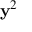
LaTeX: \mathbf { y } ^ { 2 }